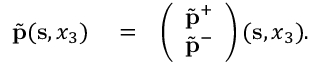
\begin{array} { r l r } { \tilde { \bf p } ( { \bf s } , x _ { 3 } ) } & { { } = } & { \left( \begin{array} { l } { \tilde { \bf p } ^ { + } } \\ { \tilde { \bf p } ^ { - } } \end{array} \right) ( { \bf s } , x _ { 3 } ) . } \end{array}